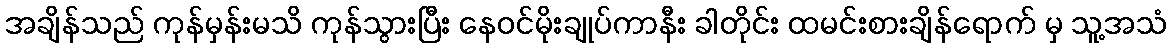
အချိန်သည် ကုန်မှန်းမသိ ကုန်သွားပြီး နေဝင်မိုးချုပ်ကာနီး ခါတိုင်း ထမင်းစားချိန်ရောက် မှ သူ့အသံ